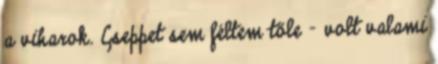
a viharok. Cseppet sem féltem tőle - volt valami